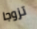
تزوجا